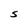
Character: S